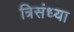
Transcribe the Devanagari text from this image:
त्रिसंध्या